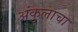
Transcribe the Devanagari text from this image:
अंकुलाचा